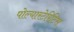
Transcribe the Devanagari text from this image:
पोल्यारटेरिटिस